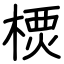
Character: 樮